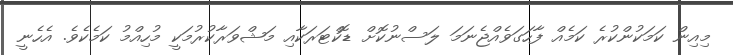
މިއިން ކަމަކުންކުރެ ކަމެއް ފާހަގަވެއްޖެނަމަ ލަސްނުކޮށް ޑޮކްޓަރަކާއި މަޝްވަރާކުރުމަކީ މުހިއްމު ކަމެކެވެ. އެހެނީ